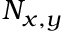
N _ { x , y }